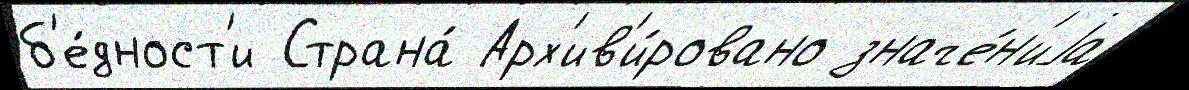
б'е́дност'и Страна́ Арх'ив'и́ровано значе́н'иjа